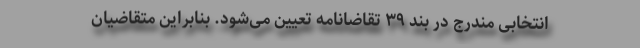
انتخابی مندرج در بند ۳۹ تقاضانامه تعیین می‌شود. بنابراین متقاضیان